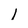
Character: l